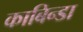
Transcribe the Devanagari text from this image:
काबिन्डा